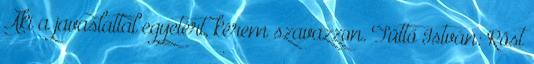
Aki a javaslattal egyetért, kérem szavazzon. Tüttő István: Röst